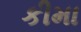
કીમા